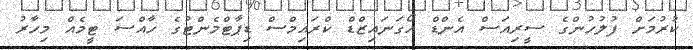
ކުރުމަށް ފުލުހުންގެ ސީރިއަސް އެންޑް އޯގަނައިޒްޑް ކްރައިމްސް ޑިޕާޓްމެންޓުގެ ހާއްސަ ޓީމެއް މިހާރު